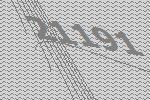
21191